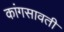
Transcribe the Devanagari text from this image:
कांगसावती